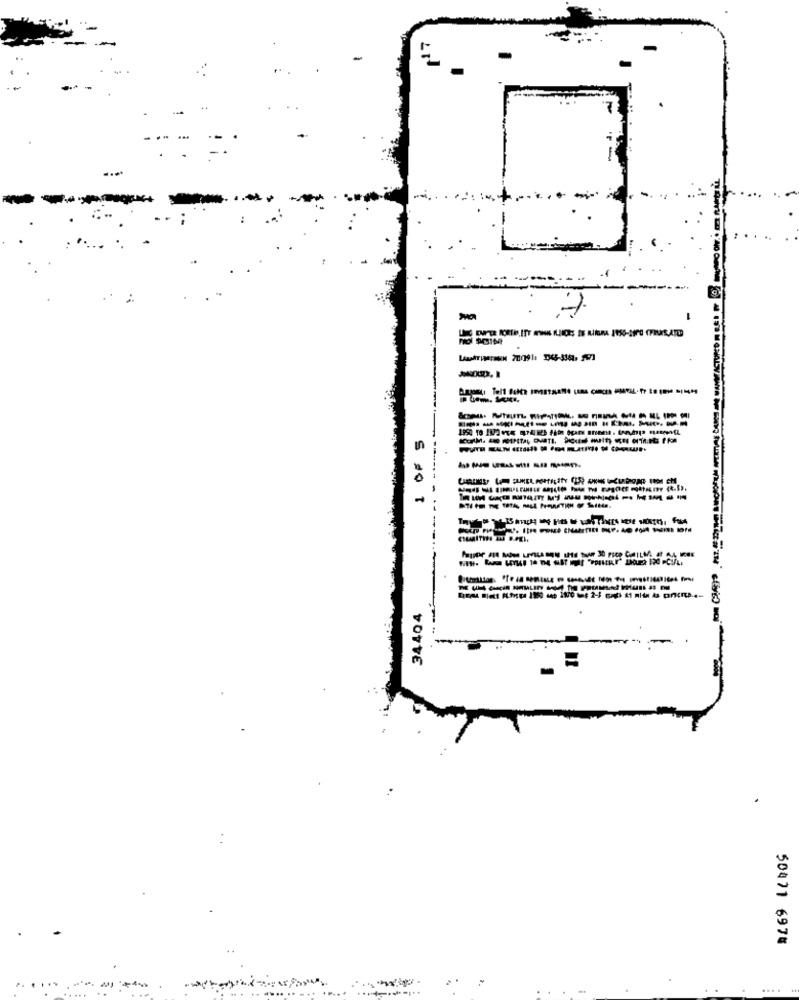
------
-
S so T
---
34404
50471 6974
..
....